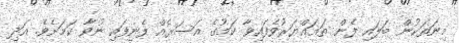
މިނަތަކުން ބަލައި ފެން ތަަޣައްޔަރުވެފައިވާ ކަމުގެ އަސަރެއް ފެނިފައި ނުވާ ކަމަށެވެ. އަދި